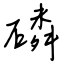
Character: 磷